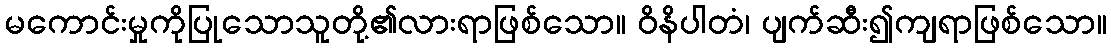
မကောင်းမှုကိုပြုသောသူတို့၏လားရာဖြစ်သော။ ဝိနိပါတံ၊ ပျက်ဆီး၍ကျရာဖြစ်သော။